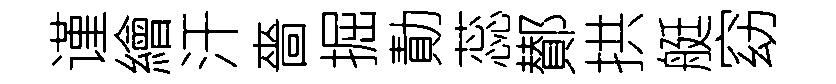
谨繪汗嗇掘勣蕊鄼拱艇窈